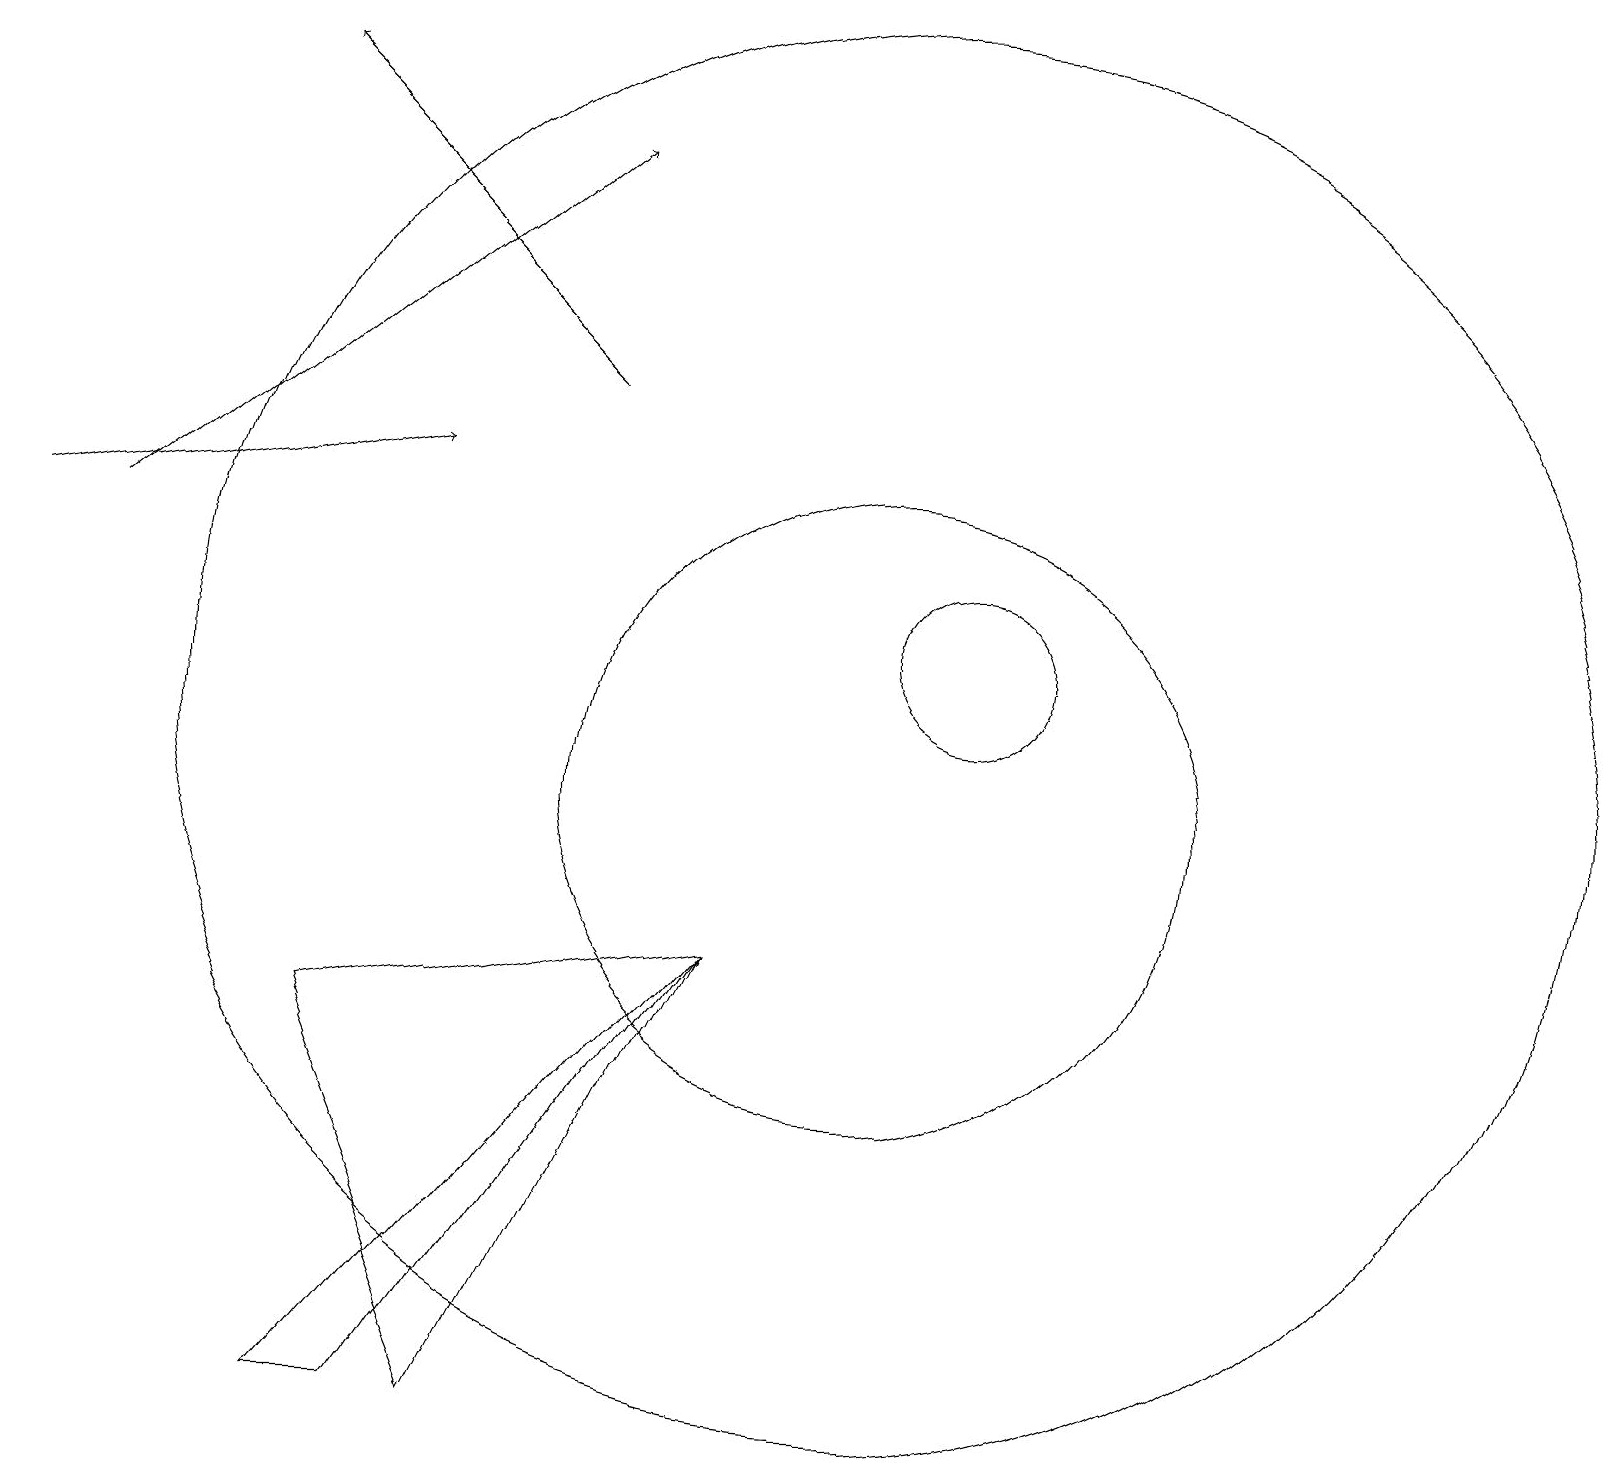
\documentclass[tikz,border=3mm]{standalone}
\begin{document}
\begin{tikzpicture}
\draw (11,10) circle (4);
\draw[->] (0,13) -- (5,14);
\draw[->] (1,13) -- (7,18);
\draw (11,11) circle (9);
\draw[->] (7,15) -- (3,19);
\draw (12,12) circle (1);
\draw (4,2) -- (9,8) -- (5,2) -- cycle;
\draw (6,2) -- (9,8) -- (4,7) -- cycle;
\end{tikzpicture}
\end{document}